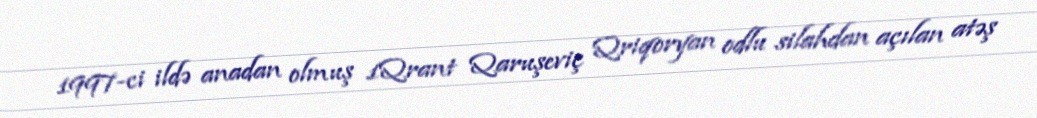
1997-ci ildə anadan olmuş 1Qrant Qaruşeviç Qriqoryan odlu silahdan açılan atəş